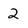
Character: 2